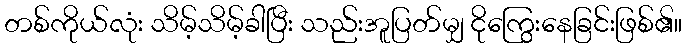
တစ်ကိုယ်လုံး သိမ့်သိမ့်ခါပြီး သည်းအူပြတ်မျှ ငိုကြွေးနေခြင်းဖြစ်၏။